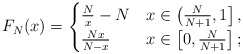
\begin{align*}F_N(x)=\begin{cases}\frac{N}{x}-N & x\in \left(\frac{N}{N+1},1\right],\\\frac{Nx}{N-x} & x\in \left[0,\frac{N}{N+1}\right];\end{cases}\end{align*}